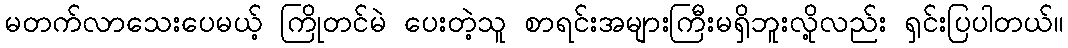
မတက်လာသေးပေမယ့် ကြိုတင်မဲ ပေးတဲ့သူ စာရင်းအများကြီးမရှိဘူးလို့လည်း ရှင်းပြပါတယ်။